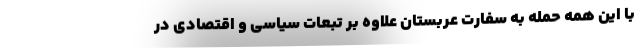
با این همه حمله به سفارت عربستان علاوه بر تبعات سیاسی و اقتصادی در